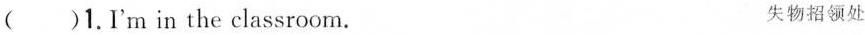
()1.I'm in the classroom. 失物招领处